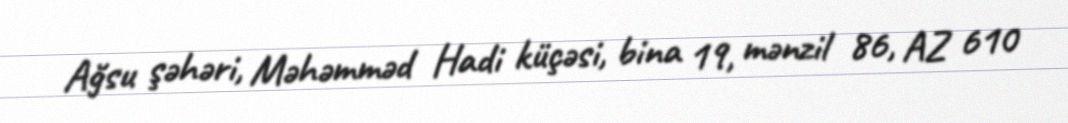
Ağsu şəhəri, Məhəmməd Hadi küçəsi, bina 19, mənzil 86, AZ 610